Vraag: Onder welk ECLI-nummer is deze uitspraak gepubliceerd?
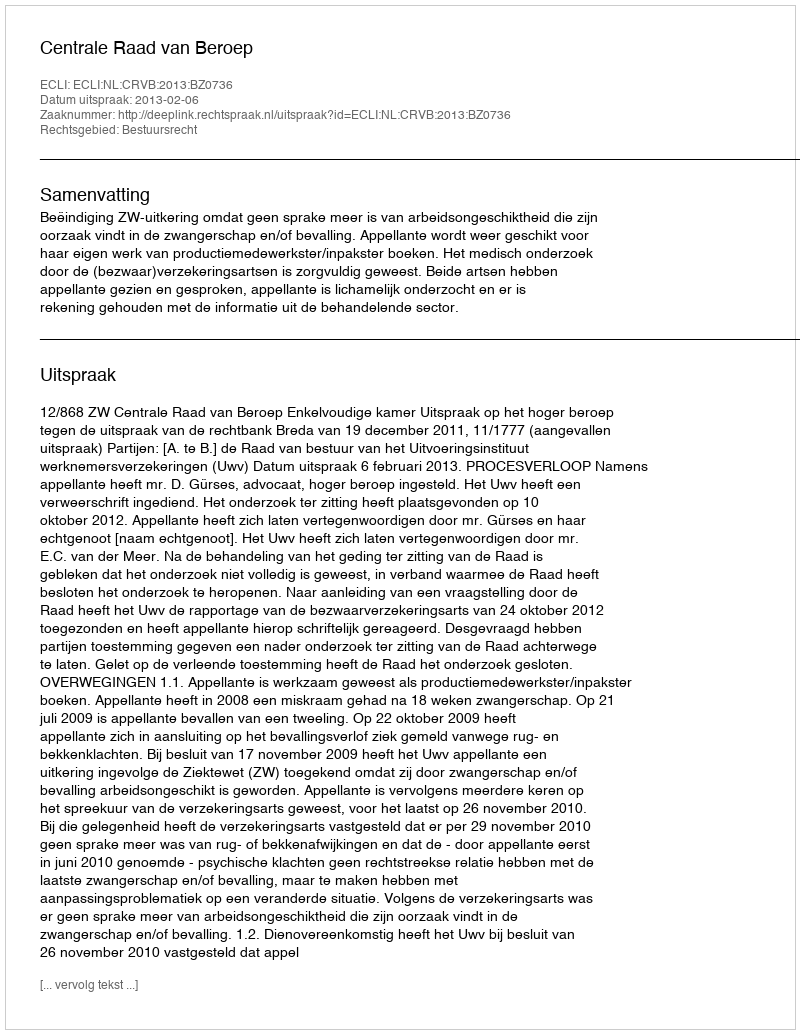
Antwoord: ECLI:NL:CRVB:2013:BZ0736